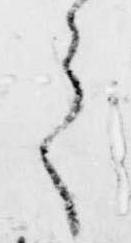
之